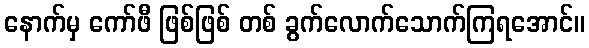
နောက်မှ ကော်ဖီ ဖြစ်ဖြစ် တစ် ခွက်လောက်သောက်ကြရအောင်။